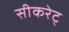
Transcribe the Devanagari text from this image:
सीकरेट्